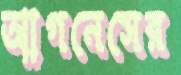
আগনেসের